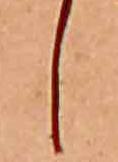
し